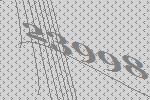
23998